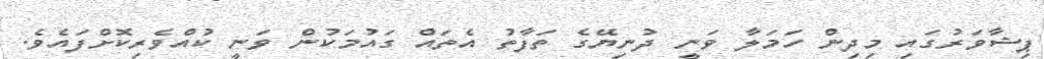
ޕިޝާވަރުގައި މިދިން ހަމަލާ ވަނީ ދުނިޔޭގެ ތަފާތު އެތައް ގައުމަކުން ވަނީ ކުއްވެރިކޮށްފައެވެ.